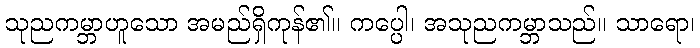
သုညကမ္ဘာဟူသော အမည်ရှိကုန်၏။ ကပ္ပေါ၊ အသုညကမ္ဘာသည်။ သာရော၊